Report of an outbreak of cholera in Suhutwar, Bulliah sub-division
Disease focus: Cholera
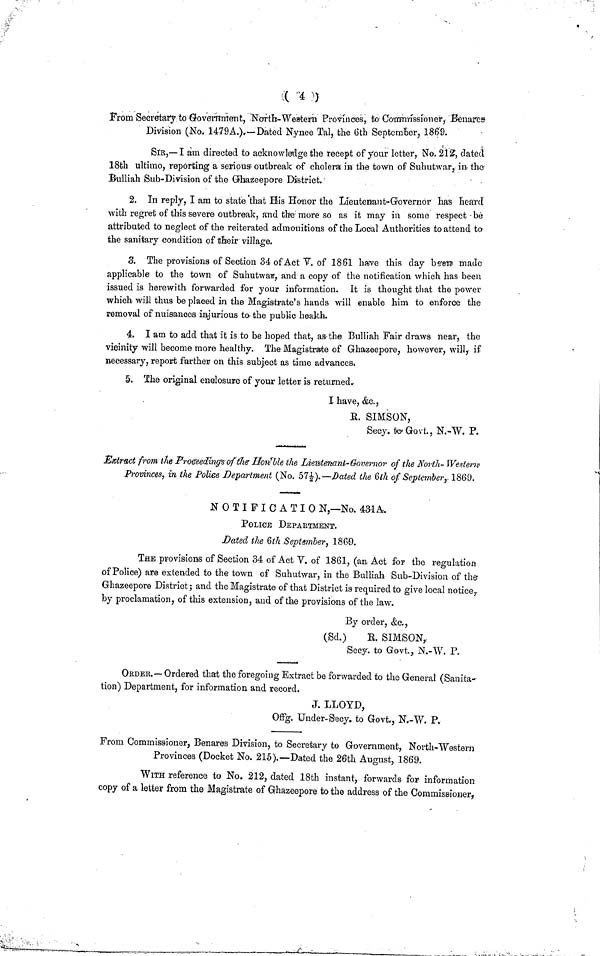
( 4 )
From Secretary to Government, North-Western Provinces, to Commissioner, Benares
Division (No, 1479A.),—Dated Nynee Tal, the 6th September, 1869.
SIR,—I am directed to acknowledge the recept of your letter, No. 212-, dated
18th ultimo, reporting a serious outbreak of cholera in the town of Suhutwar, in the
Bulliah Sub-Division of the Ghazeepore District.
2. In reply, I am to state that His Honor the Lieutenant-Governor has heard
with regret of this severe outbreak, and the more so as it may in some respect be
attributed to neglect of the reiterated admonitions of the Local Authorities to attend to
the sanitary condition of their village.
3. The provisions of Section 34 of Act V. of 1861 have this clay been made
applicable to the town of Suhutwar, and a copy of the notification which has been
issued is herewith, forwarded for your information. It is thought that the power
which will thus be placed in the Magistrate's hands will enable him to enforce the
removal of nuisances injurious to the public health.
4. I am to add that it is to be hoped that, aa the Bulliah Fair draws near, the
vicinity will become more healthy. The Magistrate of Ghazeepore, however, will,· if
necessary, report further on this subject as time advances.
5. The original enclosure of your letter is returned.
I have, &c.,
E. SIMSON,
Secy, to Govt., N.-W. P,
Eestract from the Proceedings of tfie Ilon^ble the Lieu/tenant-Governor of the North- Western'
Provinces, in the Potice Department (No. 57|).—Dated the 6th of September, 1869.
NOTIFICA Τ ΙΟ Ν,—No. 431A.
POLICE DEPARTMENT.
Dated the Qth September, I860.
THE provisions of Section 34 of Act V. of 1861, (an Act for the regulation
of Police) are extended to the town of Suhutwar, in the Bulliah Sub-Division of the
Ghazeepore District ; and the Magistrate of that District is required to give local notice,
by proclamation, of this extension, and of the provisions of the law.
By order, &c.,
(Sci.)
K. SIMSON,
Secy, to Govt., N.-W. P.
ORDER.— Ordered that the foregoing Extract be forwarded to the General (Sanita-
tion) Department, for information and record.
J. LLOYD,
0% Under-Secy. to Govt., N.-W. P.
From Commissioner, Benares Division, to Secretary to Government, North-Western
Provinces (Docket No. 215).—Dated the 26th August, 1869.
WITH reference to No. 212, dated 18th instant, forwards for information
copy of a letter from the Magistrate of Ghazeepore to the address of the Commissioner,